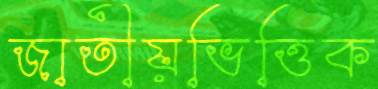
জাতীয়ভিত্তিক